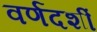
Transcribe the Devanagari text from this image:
वर्णदर्शी